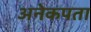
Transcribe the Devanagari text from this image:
अनेकपता